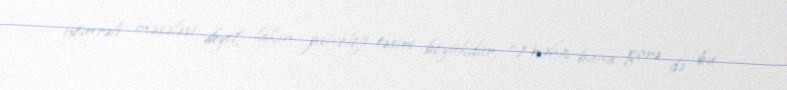
nömrəli məsələsi deyil, lakin psixoloji təsiri böyükdür: “Məhz buna görə də bu